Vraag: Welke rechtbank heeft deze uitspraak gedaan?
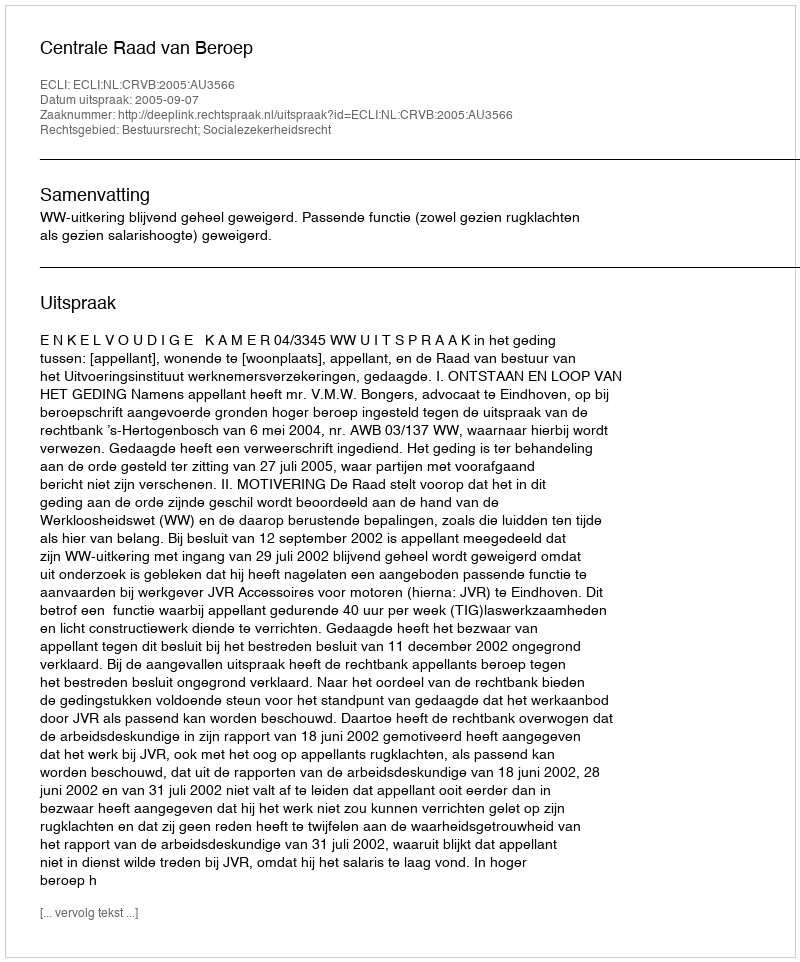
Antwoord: Centrale Raad van Beroep